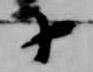
十